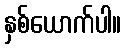
နှစ်ယောက်ပါ။